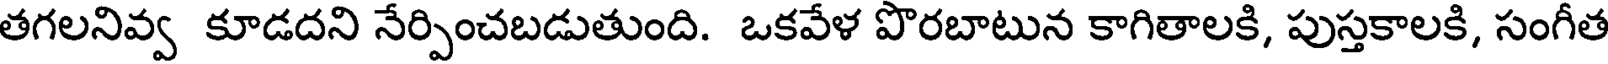
తగలనివ్వ కూడదని నేర్పించబడుతుంది. ఒకవేళ పొరబాటున కాగితాలకి, పుస్తకాలకి, సంగీత